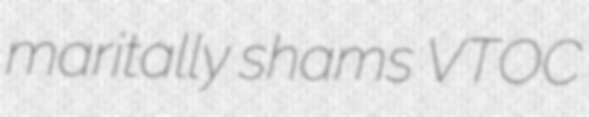
maritally shams VTOC